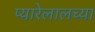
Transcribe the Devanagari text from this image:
प्यारेलालच्या